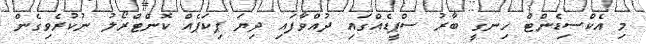
މި އެކްސިޑެންްޓް ހިނގީ ބާރު ސްޕީޑެއްގައި ދުއްވާފައި ދިޔަ ޕިކަޕެއް ކޮންޓްރޯލު ނުކުރެވިގެން